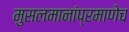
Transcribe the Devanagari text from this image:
मुसलमानांप्रमाणेच